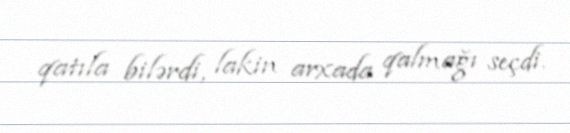
qatıla bilərdi, lakin arxada qalmağı seçdi.